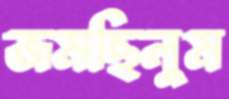
জমছিলুম